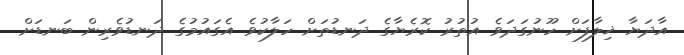
އާދަޔާ ޚިލާފަށް ހޫނުގަދަވެ އުތުރު ކޮރެޔާގެ ދަނޑުތަށް ހަލާކުވެ އެގައުމުގެ ދަނޑުވެރިން ބަނޑަށް